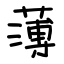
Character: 薄